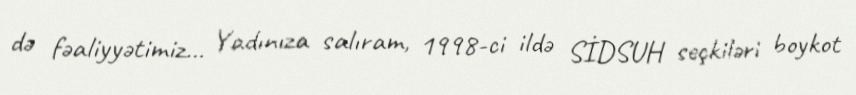
də fəaliyyətimiz... Yadınıza salıram, 1998-ci ildə SİDSUH seçkiləri boykot